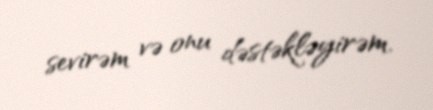
sevirəm və onu dəstəkləyirəm.